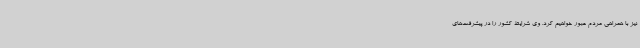
نیز با همراهی مردم عبور خواهیم کرد. وی شرایط کشور را در پیشرفت‌های